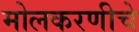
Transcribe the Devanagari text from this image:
मोलकरणीचे